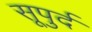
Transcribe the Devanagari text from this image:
सूपुर्द